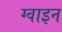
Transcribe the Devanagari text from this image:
ग्वाइन